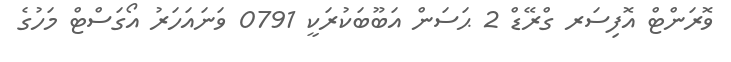
ވޮރަންޓް އޮފިސަރ ގްރޭޑް 2 ޙަސަން އަބޫބަކުރަކީ 0791 ވަނައަހަރު އޯގަސްޓް މަހުގެ